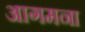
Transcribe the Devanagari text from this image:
आगमना